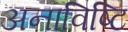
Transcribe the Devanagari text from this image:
अनाविष्टि